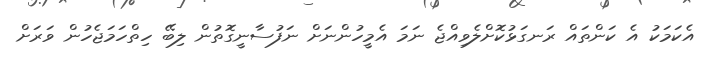
އެކަމަކު އެ ކަންތައް ރަނގަޅުކޮށްލެވިއްޖެ ނަމަ އެމީހުންނަށް ނަފުސާނީގޮތުން ލިބޭ ހިތްހަމަޖެހުން ވަރަށް